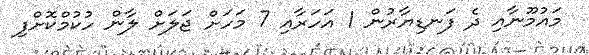
މައުމޫނާއި ދެ ފަނޑިޔާރުން 1 އަހަރާއި 7 މަހަށް ޖަލަށް ލާން ހުކުމްކޮށްފި